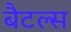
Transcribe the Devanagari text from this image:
बैटल्स